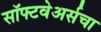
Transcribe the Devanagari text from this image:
सॉफ्टवेअर्सचा